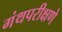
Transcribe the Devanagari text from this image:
गंथपरीक्षणे